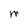
Character: M